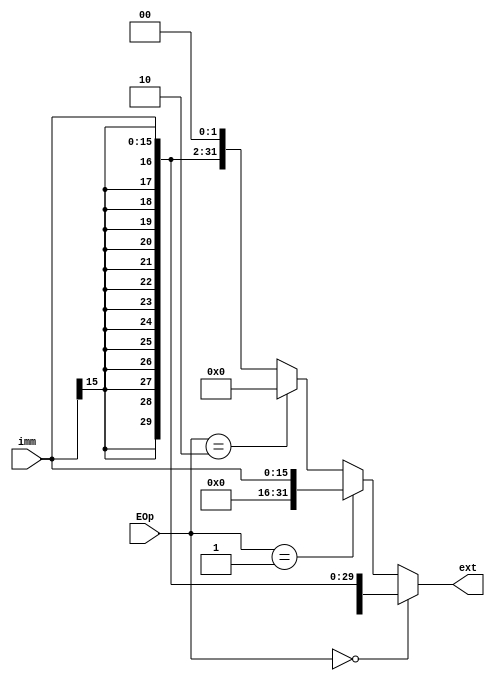
module ext(
    input [15:0] imm,
    input [1:0] EOp,
    output [31:0] ext
    );

    wire [31:0] shift;
    assign shift = {{16{imm[15]}},imm[15:0]};

    assign ext = (EOp == 2'b00) ? shift :
    (EOp == 2'b01) ? {{16{0}},imm[15:0]} :
    (EOp == 2'b10) ? {imm[15:0],{16{0}}} : (shift << 2);


endmodule